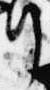
行